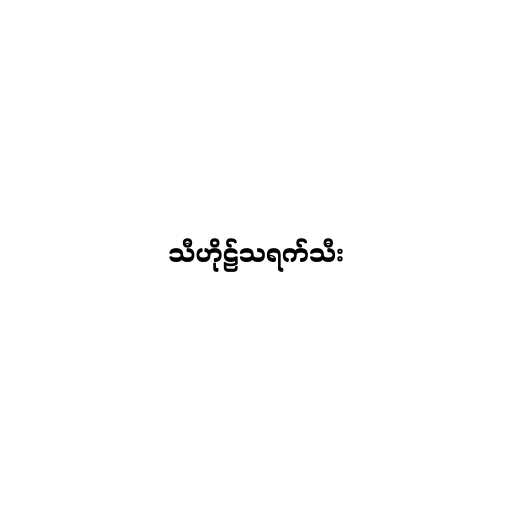
သီဟိုဠ်သရက်သီး